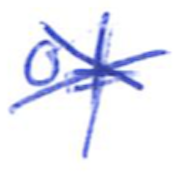
Text: of
Cross-out: cross
Writing tool: ballpoint